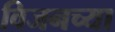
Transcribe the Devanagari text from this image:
विजनच्या